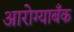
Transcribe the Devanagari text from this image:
आरोग्याबँक